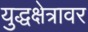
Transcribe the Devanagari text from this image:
युद्धक्षेत्रावर